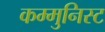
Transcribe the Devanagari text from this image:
कम्मुनिस्ट